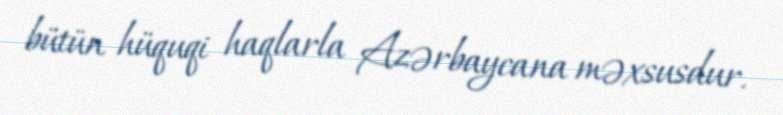
bütün hüquqi haqlarla Azərbaycana məxsusdur.